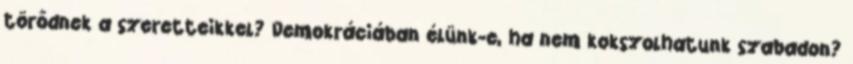
törődnek a szeretteikkel? Demokráciában élünk-e, ha nem kokszolhatunk szabadon?